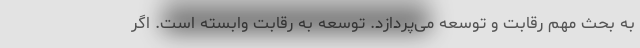
به بحث مهم رقابت و توسعه می‌پردازد. توسعه به رقابت وابسته است. اگر